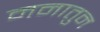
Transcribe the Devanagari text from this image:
मनातुन